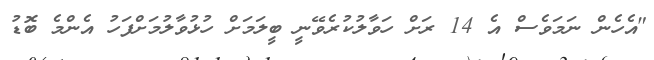
"އެހެން ނަމަވެސް އެ 14 ރަށް ހަވާލުކުރެވޭނީ ބީލަމަށް ހުޅުވާލުމަށްފަހު އެންމެ ބޮޑު